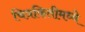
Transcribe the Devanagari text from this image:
चित्रफितीमध्ये